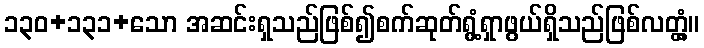
၁၃၀+၁၃၁+သော အဆင်းရှသည်ဖြစ်၍စက်ဆုတ်ရွံ့ရှာဖွယ်ရှိသည်ဖြစ်လတ္တံ့။